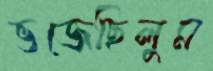
ভজেছিলুম